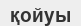
қойуы